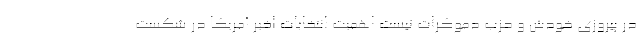
در پیروزی خودش و حزب دموکرات نیست اهمیت انتخابات اخیر آمریکا در شکست